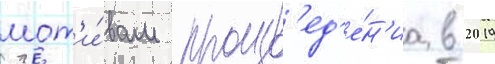
мот'и́вам произв'ед'е́н'иа в 2019